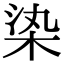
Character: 𣑱